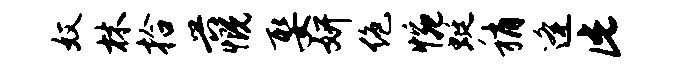
奴林拾兴慨娶妍绝惋蜓稍逄此